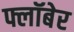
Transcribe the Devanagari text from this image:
फ्लॉबेर